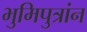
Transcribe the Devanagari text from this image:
भुमिपुत्रांन